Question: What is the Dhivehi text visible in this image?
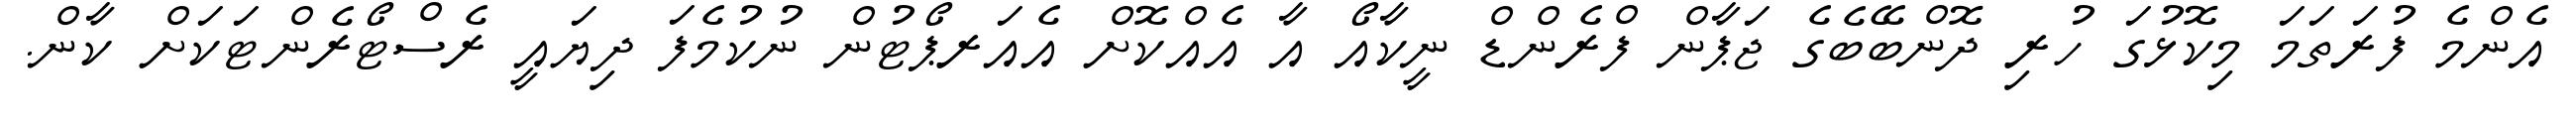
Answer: އެންމެ ފުރަތަމަ މިކޮޅުގަ ހުރި ދޮންބޭބެގެ ޖަޕާން ފްރެންޑް ނީކާއޯ އާ އެއްކޮށް އެއަރޕޯޓުން ނުކުމެފަ ދިޔައީ ރެސްޓޯރެންޓަކަށް ކާން.